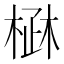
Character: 𣓜